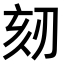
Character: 𠜨